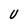
Character: U